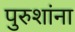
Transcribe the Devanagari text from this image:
पुरुशांना